Indian journal of veterinary science and animal husbandry - Volume 4,
Year: 1934
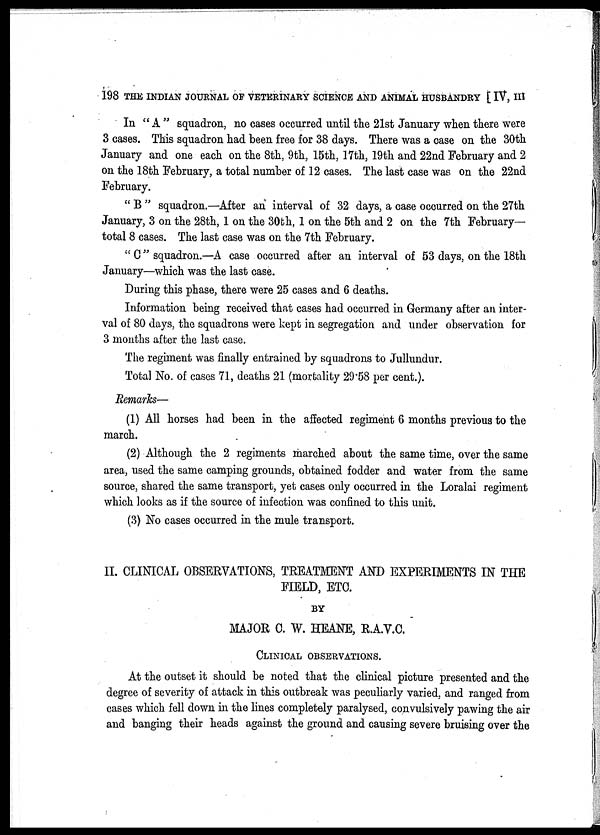
198 THE INDIAN JOURNAL OF VETERINARY SCIENCE AND ANIMAL HUSBANDRY [ IV, III
In "A" squadron, no cases occurred until the 21st January when there were
3 cases. This squadron had been free for 38 days. There was a case on the 30th
January and one each on the 8th, 9th, 15th, 17th, 19th and 22nd February and 2
on the 18th February, a total number of 12 cases. The last case was on the 22nd
February.
" B " squadron.—After an interval of 32 days, a case occurred on the 27th
January, 3 on the 28th, 1 on the 30th, 1 on the 5th and 2 on the 7th February—
total 8 cases. The last case was on the 7th February.
" C" squadron.—A case occurred after an interval of 53 days, on the 18th
January—which was the last case.
During this phase, there were 25 cases and 6 deaths.
Information being received that cases had occurred in Germany after an inter-
val of 80 days, the squadrons were kept in segregation and under observation for
3 months after the last case.
The regiment was finally entrained by squadrons to Jullundur.
Total No. of cases 71, deaths 21 (mortality 29.58 per cent.).
Remarks—
(1) All horses had been in the affected regiment 6 months previous to the
march.
(2) Although the 2 regiments marched about the same time, over the same
area, used the same camping grounds, obtained fodder and water from the same
source, shared the same transport, yet cases only occurred in the Loralai regiment
which looks as if the source of infection was confined to this unit.
(3) No cases occurred in the mule transport.
II. CLINICAL OBSERVATIONS, TREATMENT AND EXPERIMENTS IN THE
FIELD, ETC.
BY
MAJOR C. W. HEANE, R.A.V.C.
CLINICAL OBSERVATIONS.
At the outset it should be noted that the clinical picture presented and the
degree of severity of attack in this outbreak was peculiarly varied, and ranged from
cases which fell down in the lines completely paralysed, convulsively pawing the air
and banging their heads against the ground and causing severe bruising over the